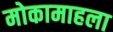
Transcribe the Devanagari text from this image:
मोकामाहला